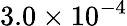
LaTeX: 3.0\times 10^{-4}